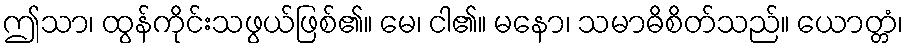
ဤသာ၊ ထွန်ကိုင်းသဖွယ်ဖြစ်၏။ မေ၊ ငါ၏။ မနော၊ သမာဓိစိတ်သည်။ ယောတ္တံ၊